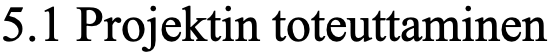
5.1 Projektin toteuttaminen